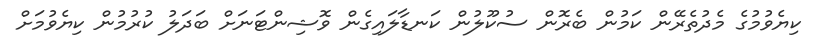
ކިޔެވުމުގެ މެދުތެރޭން ކަމުން ބެރޮން ސުކޫލުން ކަނޑާލައިގެން ވޮޝިންޓަނަށް ބަދަލު ކުރުމުން ކިޔެވުމަށް